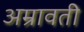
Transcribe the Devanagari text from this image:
अम्रावती